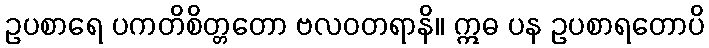
ဥပစာရေ ပကတိစိတ္တတော ဗလဝတရာနိ။ ဣဓ ပန ဥပစာရတောပိ